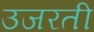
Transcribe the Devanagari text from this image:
उजरती